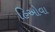
હિઓવા